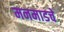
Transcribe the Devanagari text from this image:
मनमाडचे